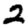
Digit: 2